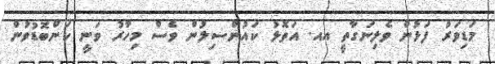
މަޑިވަރު ފަޅުން ވެލިނަގާތީ އއ. އަތޮޅު ކައުންސިލުން ވެސް މިހާރު ވަނީ ކަންބޮޑުވުން